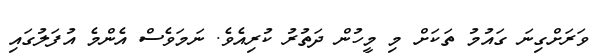
ވަރަށްގިނަ ގައުމު ތަކަށް މި މީހުން ދަތުރު ކުރިއެވެ. ނަމަވެސް އެންމެ އުފަލުގައި